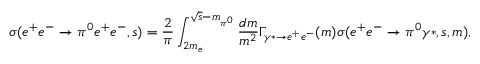
\sigma ( e ^ { + } e ^ { - } \rightarrow \pi ^ { 0 } e ^ { + } e ^ { - } , s ) = \frac { 2 } { \pi } \int _ { 2 m _ { e } } ^ { \sqrt { s } - m _ { \pi ^ { 0 } } } \frac { d m } { m ^ { 2 } } \Gamma _ { \gamma * \to e ^ { + } e ^ { - } } ( m ) \sigma ( e ^ { + } e ^ { - } \rightarrow \pi ^ { 0 } \gamma * , s , m ) ,